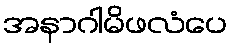
အနာဂါမိဖလံပေ